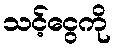
သင့်ငွေကို